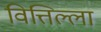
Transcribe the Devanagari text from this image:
वित्तिल्ला